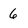
Character: 6